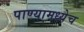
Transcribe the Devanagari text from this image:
पाण्यामध्येच